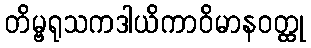
တိမ္ဗရုသကဒါယိကာဝိမာနဝတ္ထု